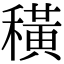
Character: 穔